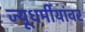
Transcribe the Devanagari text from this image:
ज्यूधर्मीयांवर